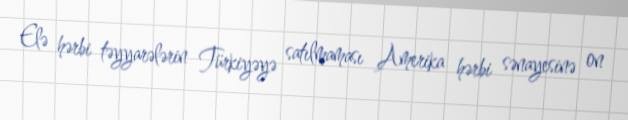
Elə hərbi təyyarələrin Türkiyəyə satılmaması Amerika hərbi sənayesinə on